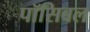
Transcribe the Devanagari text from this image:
पॉसिबल